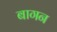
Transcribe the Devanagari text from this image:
बागन